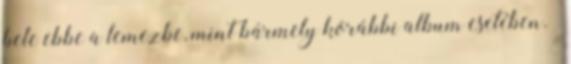
bele ebbe a lemezbe, mint bármely korábbi album esetében.”